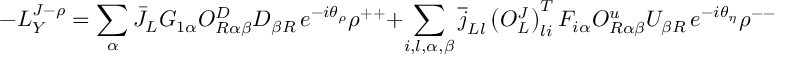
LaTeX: - { \cal L } _ { Y } ^ { J - \rho } = \sum _ { \alpha } \bar { J } _ { L } G _ { 1 \alpha } { \cal O } _ { R \alpha \beta } ^ { D } D _ { \beta R } \, e ^ { - i \theta _ { \rho } } \rho ^ { + + } + \sum _ { i , l , \alpha , \beta } \overline { { { j } } } _ { L l } \left( { \cal O } _ { L } ^ { J } \right) _ { l i } ^ { T } F _ { i \alpha } { \cal O } _ { R \alpha \beta } ^ { u } U _ { \beta R } \, e ^ { - i \theta _ { \eta } } \rho ^ { -- } + H . c . ,